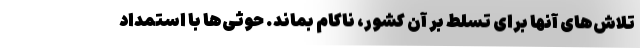
تلاش‌های آنها برای تسلط بر آن کشور، ناکام بماند. حوثی‌ها با استمداد